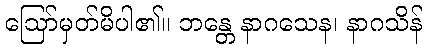
ဩော်မှတ်မိပါ၏။ ဘန္တေ နာဂသေန၊ နာဂသိန်